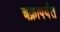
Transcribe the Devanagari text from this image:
चक्रापर्यंत